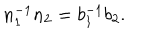
LaTeX: n _ { 1 } ^ { - 1 } n _ { 2 } = b _ { 1 } ^ { - 1 } b _ { 2 } .